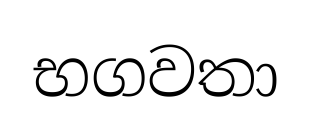
භගවතා